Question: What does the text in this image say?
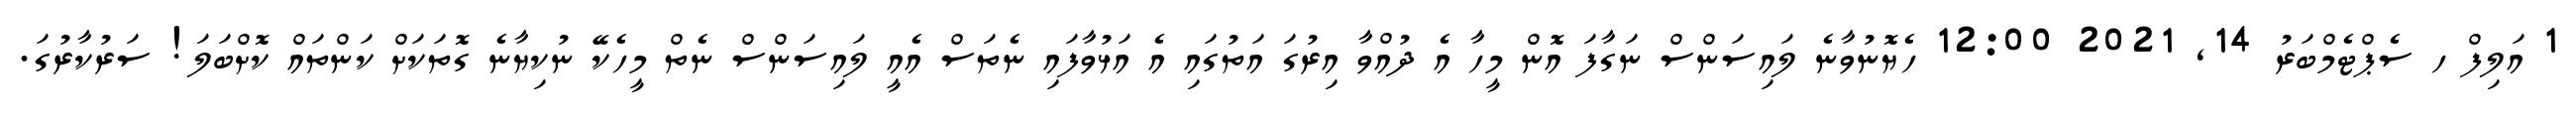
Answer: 1 އަލިފް ހ ސެޕްޓެމްބަރު 14, 2021 12:00 ހެޔޮނުވާނެ ލައިސަންސް ނަގާފަ އޮން މީހާ އެ ދުއްވާ އިރުގަ އަތުގައި އެ އަޅުވާފައި ނެތަސް އެއީ ލައިސަންސް ނެތް މީހެކޭ ނުކިޔާނެ ގޮތަކަށް ކަންތައް ކޮށްބަލަ! ސަރުކާރުގަ.